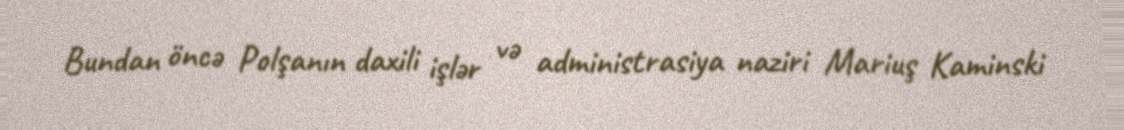
Bundan öncə Polşanın daxili işlər və administrasiya naziri Mariuş Kaminski